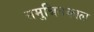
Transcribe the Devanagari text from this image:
समुन्नितकाल